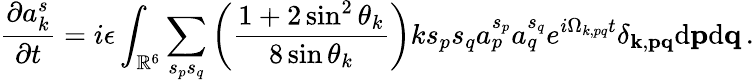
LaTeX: {\frac{\partial a_{k}^{s}}{\partial t}}=i\epsilon\int_{\mathbb{R}^{6}}\sum_{s_{p}s_{q}}\left(\frac{1+2\sin^{2}\theta_{k}}{8\sin\theta_{k}}\right)ks_{p}s_{q}a_{p}^{s_{p}}a_{q}^{s_{q}}e^{i\Omega_{k,pq}t}\delta_{{\mathbf k},{\mathbf p}{\mathbf q}}\mathrm{d}{\mathbf p}\mathrm{d}{\mathbf q}\, .